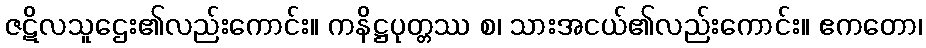
ဇဋိလသူဌေး၏လည်းကောင်း။ ကနိဋ္ဌပုတ္တဿ စ၊ သားအငယ်၏လည်းကောင်း။ ဧကတော၊